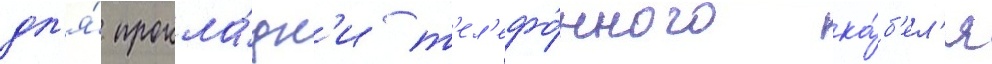
дл'я́ прокла́дк'и т'ел'ефо́нного ка́б'ел'я